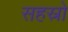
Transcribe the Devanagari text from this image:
सहस्रो